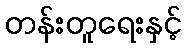
တန်းတူရေးနှင့်